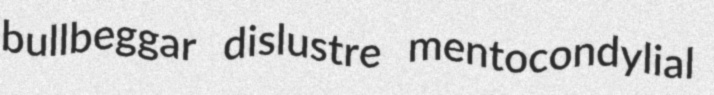
bullbeggar dislustre mentocondylial